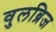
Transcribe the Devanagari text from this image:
वुलब्रिज